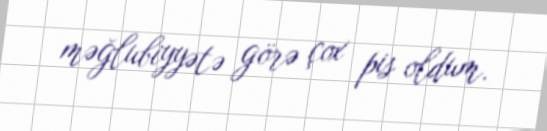
məğlubiyyətə görə çox pis oldum.